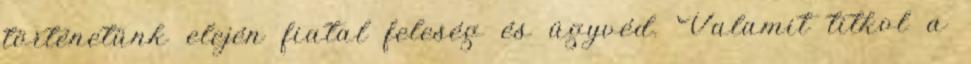
történetünk elején fiatal feleség és ügyvéd. Valamit titkol a